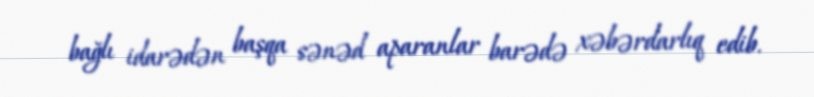
bağlı idarədən başqa sənəd aparanlar barədə xəbərdarlıq edib.